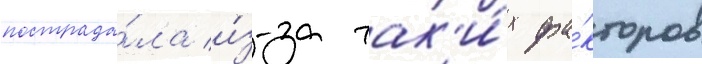
пострада́ла и́з-за так'и́х фа́кторов